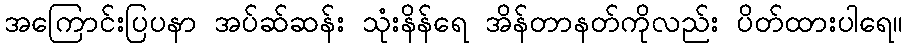
အကြောင်းပြပနာ အပ်ဆ်ဆန်း သုံးနိန်ရေ အိန်တာနတ်ကိုလည်း ပိတ်ထားပါရေ။